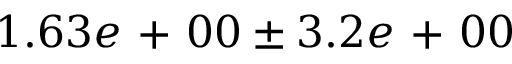
1 . 6 3 e \mathrm { ~ + ~ } 0 0 \pm 3 . 2 e \mathrm { ~ + ~ } 0 0